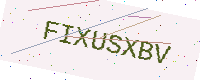
Text: FIXUSXBV